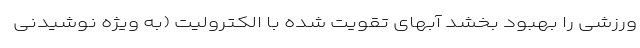
ورزشی را بهبود بخشد آبهای تقویت شده با الکترولیت (به ویژه نوشیدنی